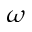
\omega